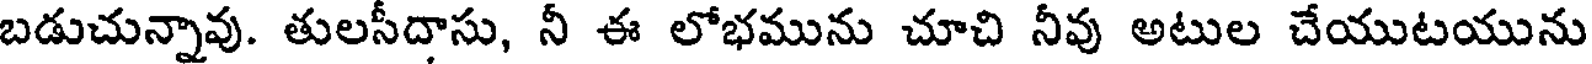
బడుచున్నావు. తులసీదాసు, నీ ఈ లోభమును చూచి నీవు అటుల చేయుటయును